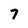
Character: 7